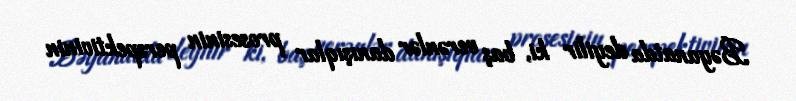
Bəyanatda deyilir ki, baş verənlər danışıqlar prosesinin perspektivinin